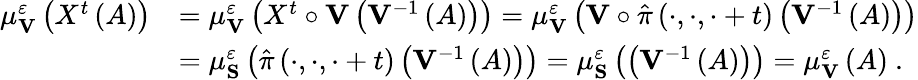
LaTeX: \begin{array}{rl}{\mu_{\mathbf{V}}^{\varepsilon}\left(X^{t}\left(A\right)\right)}&{=\mu_{\mathbf{V}}^{\varepsilon}\left(X^{t}\circ\mathbf{V}\left(\mathbf{V}^{-1}\left(A\right)\right)\right)=\mu_{\mathbf{V}}^{\varepsilon}\left(\mathbf{V}\circ\hat{\pi}\left(\cdot,\cdot,\cdot+t\right)\left(\mathbf{V}^{-1}\left(A\right)\right)\right)}\\ &{=\mu_{\mathbf{S}}^{\varepsilon}\left(\hat{\pi}\left(\cdot,\cdot,\cdot+t\right)\left(\mathbf{V}^{-1}\left(A\right)\right)\right)=\mu_{\mathbf{S}}^{\varepsilon}\left(\left(\mathbf{V}^{-1}\left(A\right)\right)\right)=\mu_{\mathbf{V}}^{\varepsilon}\left(A\right)\ .}\end{array}